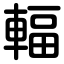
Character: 輻